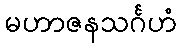
မဟာဇနသင်္ဂဟံ